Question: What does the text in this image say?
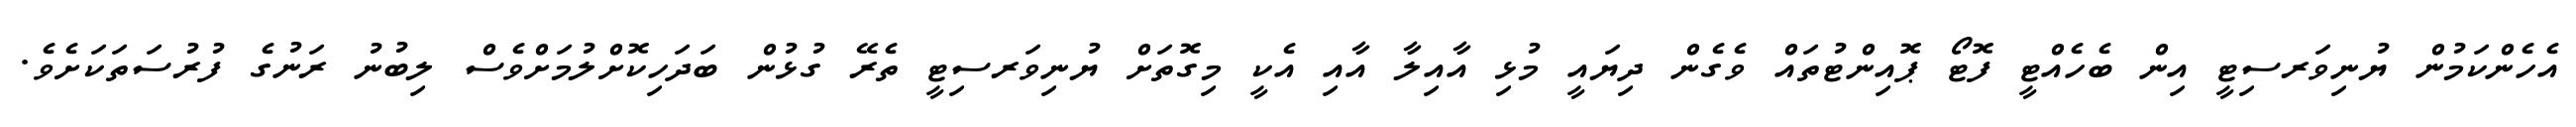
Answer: އެހެންކަމުން ޔުނިވަރސިޓީ އިން ބެހެއްޓީ ފޮޓޯ ޕޮއިންޓުތައް ވެގެން ދިޔައީ މުޅި އާއިލާ އާއި އެކީ މިގޮތަށް ޔުނިވަރސިޓީ ތެރޭ ގުޅުން ބަދަހިކޮށްލުމަށްވެސް ލިބުނު ރަނުގެ ފުރުސަތަކަށެވެ.